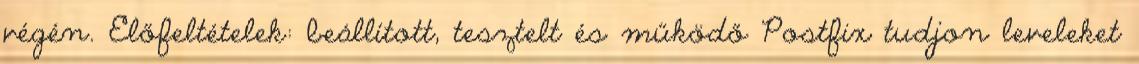
végén. Előfeltételek: beállított, tesztelt és működő Postfix tudjon leveleket